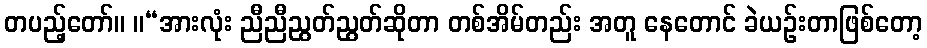
တပည့်တော်။ ။“အားလုံး ညီညီညွတ်ညွတ်ဆိုတာ တစ်အိမ်တည်း အတူ နေတောင် ခဲယဉ်းတာဖြစ်တော့